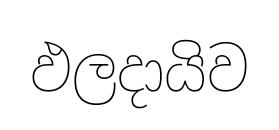
ඵලදායිව